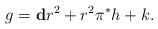
LaTeX: \begin{align*}g = \mathbf{d}r^2 + r^2 \pi^* h + k.\end{align*}